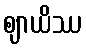
ဈာယိဿ